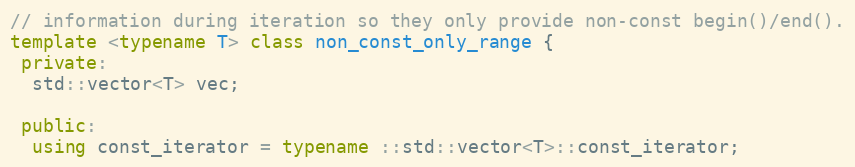
Language: C++
// information during iteration so they only provide non-const begin()/end().
template <typename T> class non_const_only_range {
 private:
  std::vector<T> vec;

 public:
  using const_iterator = typename ::std::vector<T>::const_iterator;